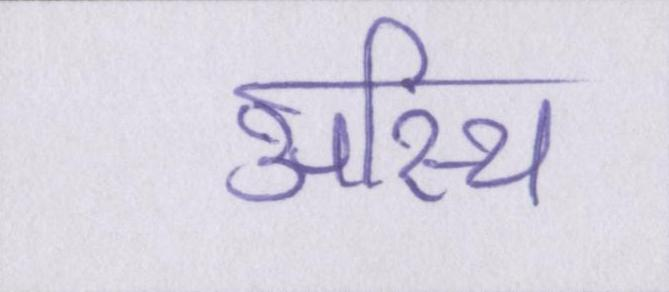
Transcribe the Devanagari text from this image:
अस्थि